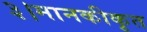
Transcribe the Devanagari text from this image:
३।मानकीकृत